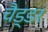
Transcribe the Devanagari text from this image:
चैड्डर